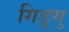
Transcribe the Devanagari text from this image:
गिडुगु